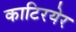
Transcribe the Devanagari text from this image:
काटिरयेर